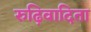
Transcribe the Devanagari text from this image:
रुढ़िवादिता